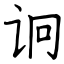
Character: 诇